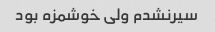
سیرنشدم ولی خوشمزه بود